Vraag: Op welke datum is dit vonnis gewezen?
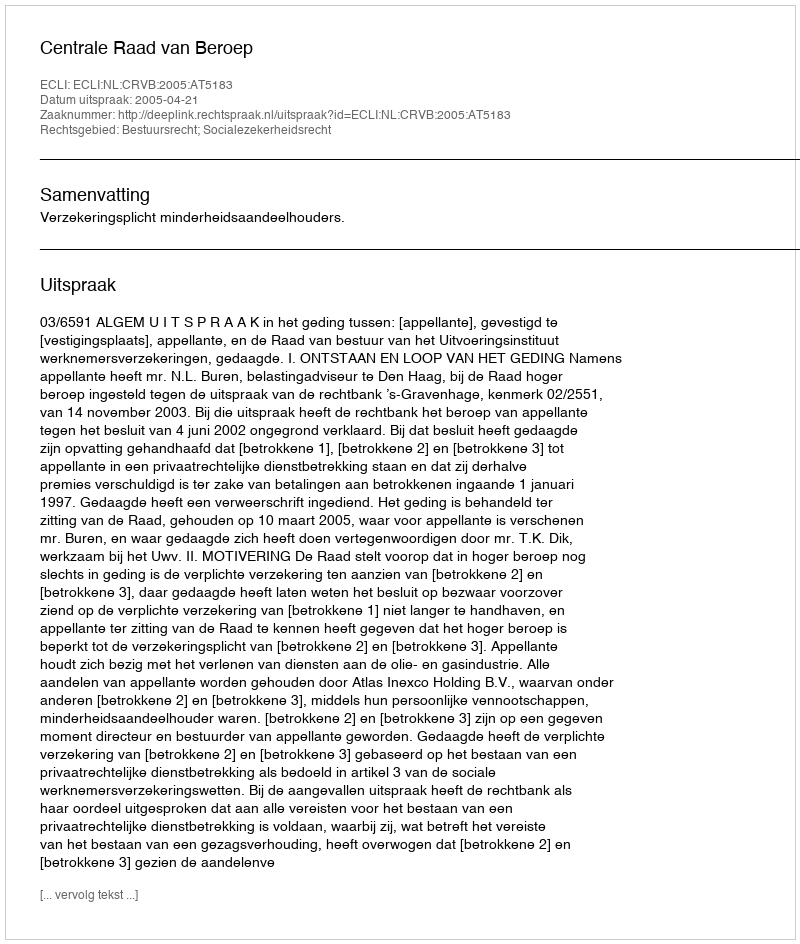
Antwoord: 2005-04-21